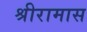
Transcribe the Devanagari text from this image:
श्रीरामास